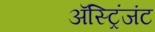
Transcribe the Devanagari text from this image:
अॅस्ट्रिंजंट